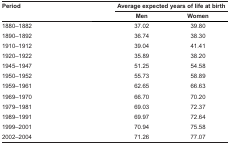
<table><thead><tr><td rowspan="3"><b>Period</b></td><td colspan="2"><b>Average expected years of life at birth</b></td></tr><tr><td><b>Men</b></td><td><b>Women</b></td></tr></thead><tbody><tr><td>1880–1882</td><td>37.02</td><td>39.80</td></tr><tr><td>1890–1892</td><td>36.74</td><td>38.30</td></tr><tr><td>1910–1912</td><td>39.04</td><td>41.41</td></tr><tr><td>1920–1922</td><td>35.89</td><td>38.20</td></tr><tr><td>1945–1947</td><td>51.25</td><td>54.58</td></tr><tr><td>1950–1952</td><td>55.73</td><td>58.89</td></tr><tr><td>1959–1961</td><td>62.65</td><td>66.63</td></tr><tr><td>1969–1970</td><td>66.70</td><td>70.20</td></tr><tr><td>1979–1981</td><td>69.03</td><td>72.37</td></tr><tr><td>1989–1991</td><td>69.97</td><td>72.64</td></tr><tr><td>1999–2001</td><td>70.94</td><td>75.58</td></tr><tr><td>2002–2004</td><td>71.26</td><td>77.07</td></tr></tbody></table>